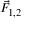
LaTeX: \scriptstyle { \vec { F } } _ { 1 , 2 }